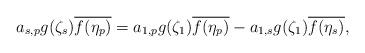
LaTeX: \begin{align*}a_{s,p}g(\zeta_s)\overline{f(\eta_p)}=a_{1,p}g(\zeta_1)\overline{f(\eta_p)}-a_{1,s}g(\zeta_1)\overline{f(\eta_s)},\end{align*}